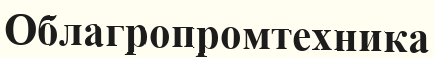
Облагропромтехника